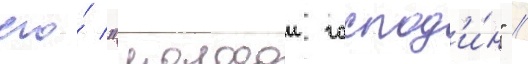
его́ "молодои господ'и́н" //